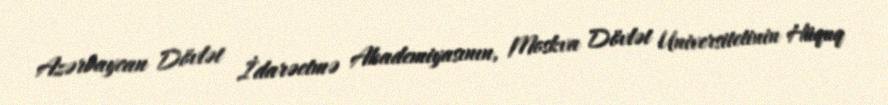
Azərbaycan Dövlət İdarəetmə Akademiyasının, Moskva Dövlət Universitetinin Hüquq